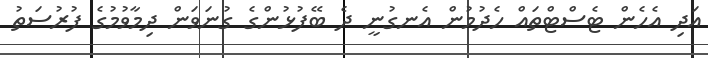
އަދި އެހެން ޓެސްޓްތައް ހެދުމުން އެނގުނީ ދެ ބޭފުޅުންގެ ގުނަވަން ދިމާވުމުގެ ފުރުސަތު